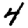
Digit: 4